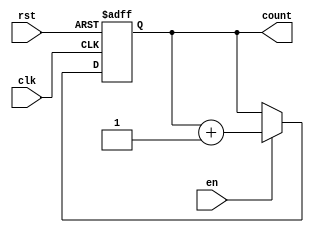
module synchronous_counter (
    input wire clk,        // Clock signal
    input wire rst,        // Reset signal (active high)
    input wire en,         // Enable signal
    output reg [N-1:0] count // Count output (N-bit wide)
);
    parameter N = 3; // Bit width of the counter (can be adjusted)

    // Synchronous reset and counting logic
    always @(posedge clk or posedge rst) begin
        if (rst) begin
            count <= 0; // Reset count to 0
        end else if (en) begin
            count <= count + 1; // Increment count
        end
    end

endmodule